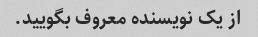
از یک نویسنده معروف بگویید.